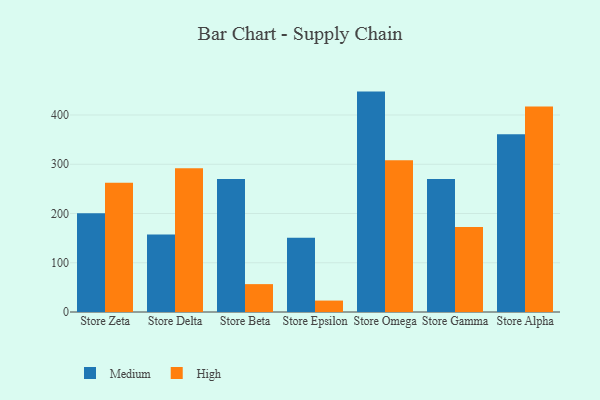
{"axis": {"x": "Store", "y": "Customer Acquisition Cost (USD)"}, "legend": ["High", "Medium"], "data": [{"x": "Store Zeta", "y": 200.4, "type": "Medium"}, {"x": "Store Zeta", "y": 262.5, "type": "High"}, {"x": "Store Delta", "y": 157.6, "type": "Medium"}, {"x": "Store Delta", "y": 292.0, "type": "High"}, {"x": "Store Beta", "y": 270.0, "type": "Medium"}, {"x": "Store Beta", "y": 56.6, "type": "High"}, {"x": "Store Epsilon", "y": 150.9, "type": "Medium"}, {"x": "Store Epsilon", "y": 23.2, "type": "High"}, {"x": "Store Omega", "y": 447.5, "type": "Medium"}, {"x": "Store Omega", "y": 308.1, "type": "High"}, {"x": "Store Gamma", "y": 270.2, "type": "Medium"}, {"x": "Store Gamma", "y": 172.4, "type": "High"}, {"x": "Store Alpha", "y": 361.0, "type": "Medium"}, {"x": "Store Alpha", "y": 417.2, "type": "High"}]}